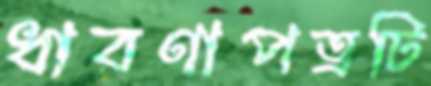
ধারণাপত্রটি